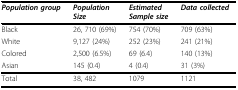
<table><thead><tr><td><b><i>Population group</i></b></td><td><b><i>Population</i><i>Size</i></b></td><td><b><i>Estimated</i><i>Sample size</i></b></td><td><b><i>Data collected</i></b></td></tr></thead><tbody><tr><td>Black</td><td>26, 710 (69%)</td><td>754 (70%)</td><td>709 (63%)</td></tr><tr><td>White</td><td>9,127 (24%)</td><td>252 (23%)</td><td>241 (21%)</td></tr><tr><td>Colored</td><td>2,500 (6.5%)</td><td>69 (6.4)</td><td>140 (13%)</td></tr><tr><td>Asian</td><td>145 (0.4)</td><td>4 (0.4)</td><td>31 (3%)</td></tr><tr><td>Total</td><td>38, 482</td><td>1079</td><td>1121</td></tr></tbody></table>